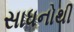
સાધનોથી